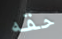
حقه